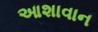
આશાવાન